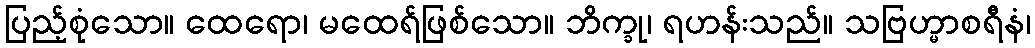
ပြည့်စုံသော။ ထေရော၊ မထေရ်ဖြစ်သော။ ဘိက္ခု၊ ရဟန်းသည်။ သဗြဟ္မာစရီနံ၊